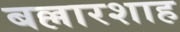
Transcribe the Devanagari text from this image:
बल्लारशाह